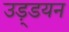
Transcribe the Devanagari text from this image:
उड़्डयन